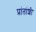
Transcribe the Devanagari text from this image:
प्रांतांशी